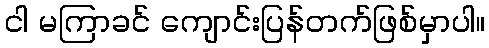
ငါ မကြာခင် ကျောင်းပြန်တက်ဖြစ်မှာပါ။